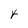
Character: Y